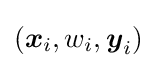
({\boldsymbol {x}}_{i},w_{i},{\boldsymbol {y}}_{i})